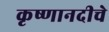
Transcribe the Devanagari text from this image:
कृष्णानदीचे